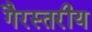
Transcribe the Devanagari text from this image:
गैरस्‍तरीय